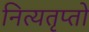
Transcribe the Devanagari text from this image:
नित्यतृप्तो